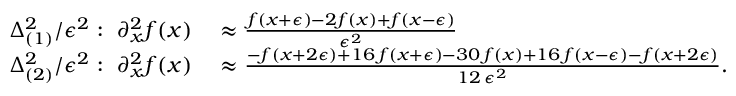
\begin{array} { r l } { \Delta _ { ( 1 ) } ^ { 2 } / \epsilon ^ { 2 } : \ \partial _ { x } ^ { 2 } f ( x ) } & { { } \approx \frac { f ( x + \epsilon ) - 2 f ( x ) + f ( x - \epsilon ) } { \epsilon ^ { 2 } } } \\ { \Delta _ { ( 2 ) } ^ { 2 } / \epsilon ^ { 2 } : \ \partial _ { x } ^ { 2 } f ( x ) } & { { } \approx \frac { - f ( x + 2 \epsilon ) + 1 6 \, f ( x + \epsilon ) - 3 0 \, f ( x ) + 1 6 \, f ( x - \epsilon ) - f ( x + 2 \epsilon ) } { 1 2 \, \epsilon ^ { 2 } } . } \end{array}